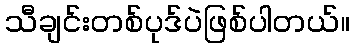
သီချင်းတစ်ပုဒ်ပဲဖြစ်ပါတယ်။